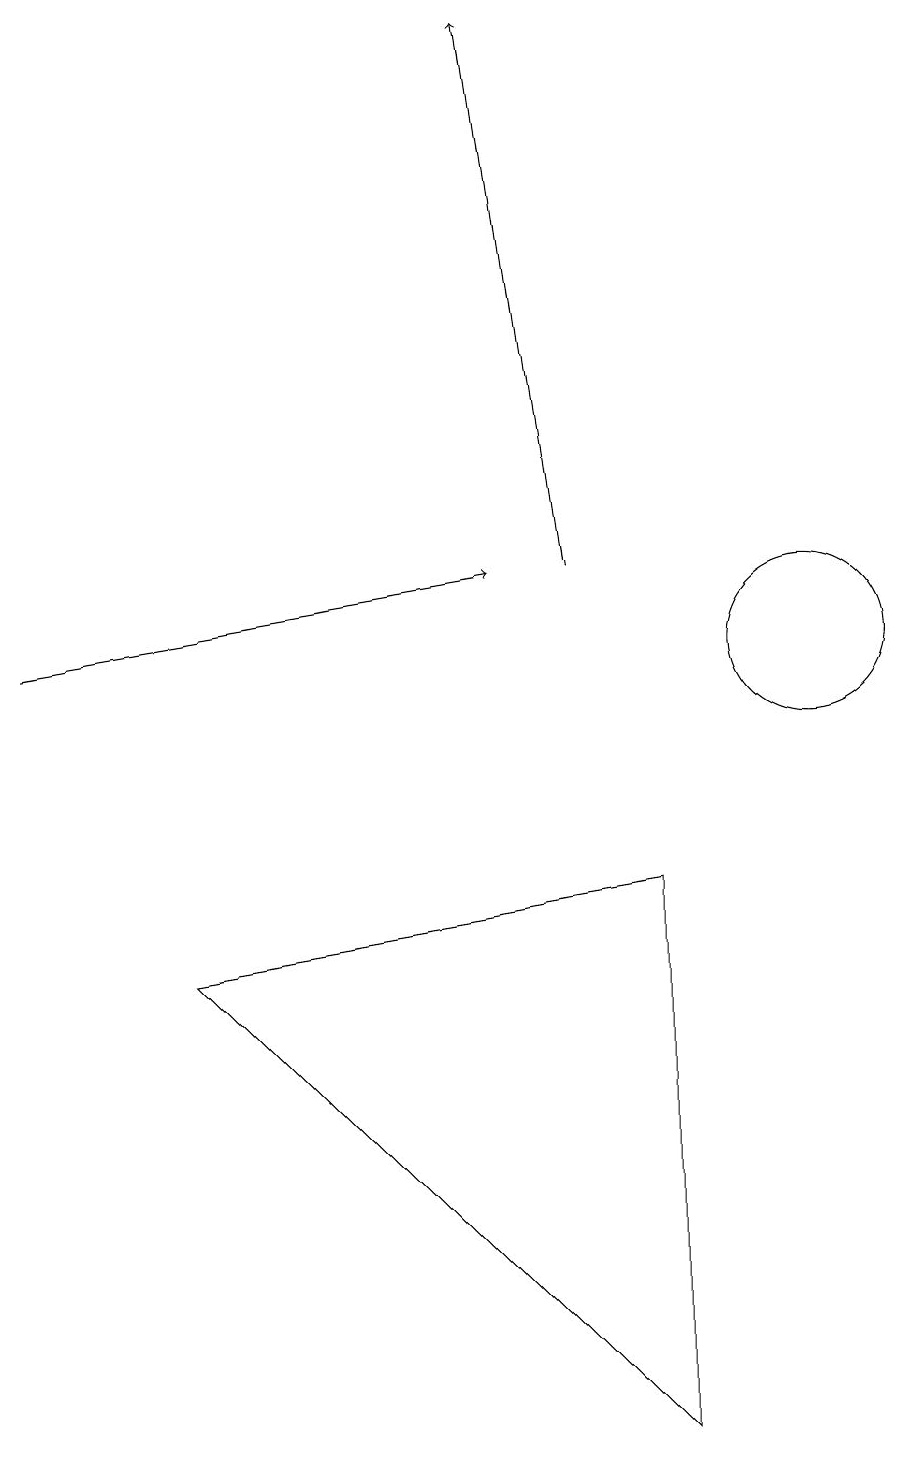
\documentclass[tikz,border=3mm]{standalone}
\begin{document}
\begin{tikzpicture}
\draw[->] (1,11) -- (7,12);
\draw (11,11) circle (1);
\draw[->] (8,12) -- (7,19);
\draw (9,1) -- (3,7) -- (9,8) -- cycle;
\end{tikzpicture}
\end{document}